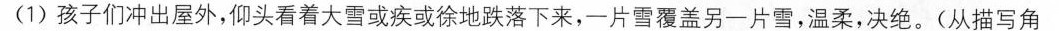
(1)孩子们冲出星外，仰头看着大冒或疾或徐地跌落下来，一片雪覆盖另一片雪，温柔，决绝。(从描写角